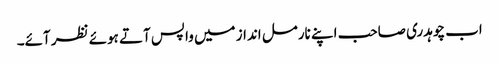
اب چوہدری صاحب اپنے نارمل انداز میں واپس آتے ہوئے نظر آئے۔